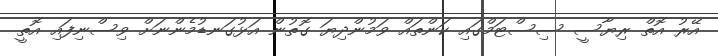
އޭރު އޮތް ރިޔާސީ ސިސްޓަމްގައި ކަންތައް ވަމުންދިޔަ ގޮތުން އަޅުގަނޑުމެންނަށް ވިސްނިފައި އޮތީ